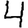
Digit: 4